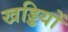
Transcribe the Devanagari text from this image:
खड्डियों